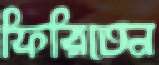
ফিরিতেন